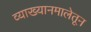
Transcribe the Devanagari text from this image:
व्याख्यानमालेतून